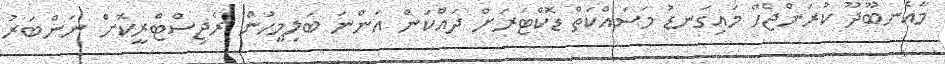
މާއެނބޫދޫ ކުރަންޖެހޭ މައިގަނޑު މަސައްކަތް ޑޮކްޓަރަށް ދައްކަން އަންނަ ބަލިމީހުން ރެޖިސްޓްރީކޮށް ނަންބަރު